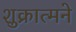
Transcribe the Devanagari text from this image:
शुक्रात्मने